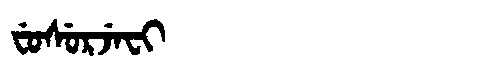
Manchu: ᠸᡠᠰᡠᡵᠵᡝᠸᡳ
Romanization: FUSURJEFI